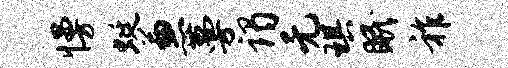
慢蜓兼蔓谒无琪眠祚